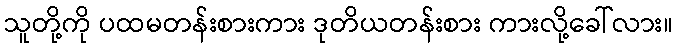
သူတို့ကို ပထမတန်းစားကား ဒုတိယတန်းစား ကားလို့ခေါ်လား။